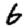
Digit: 6